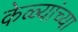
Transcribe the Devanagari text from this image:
केळ्यांच्या